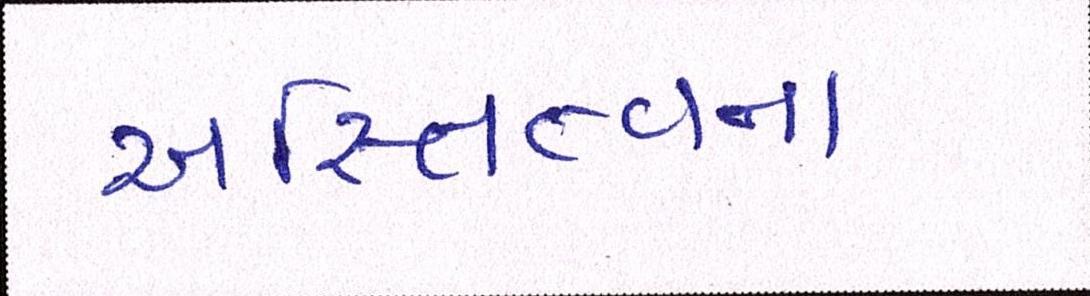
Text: અસ્તિત્વના